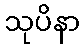
သုပိနာ